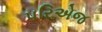
પરિએજ